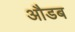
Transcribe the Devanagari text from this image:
औडब